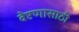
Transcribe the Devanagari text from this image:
वेष्टणासाठी